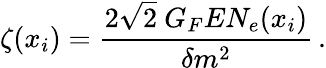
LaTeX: \zeta(x_{i})=\frac{2\sqrt{2}\ G_{F}EN_{e}(x_{i})}{\delta m^{2}}\, .